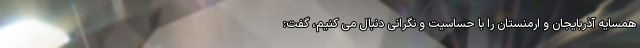
همسایه آذربایجان و ارمنستان را با حساسیت و نگرانی دنبال می کنیم، گفت: